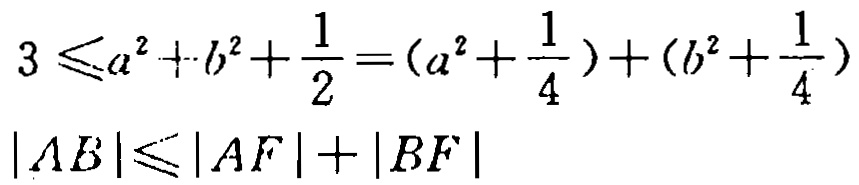
\[

3\leqslant a^{2}+b^{2}+\frac{1}{2}=(a^{2}+\frac{1}{4})+(b^{2}+\frac{1}{4})

\]

\[

|AB|\leqslant|AF| + |BF|

\]